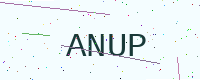
Text: ANUP